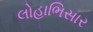
લોહાભિસાર